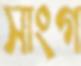
সাংগ